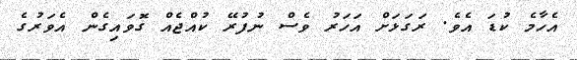
އެހާމެ ކުޑަ އެވެ. ރަގަޅަށް އަހަރު ވެސް ނުފުރޭ ކުއްޖެއް ގޮވައިގެން އެވަރުގެ